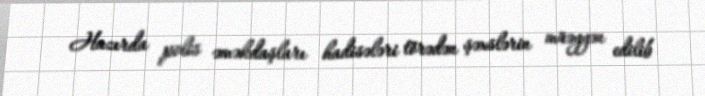
Hazırda polis əməkdaşları hadisələri törədən şəxslərin müəyyən edilib